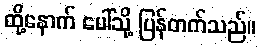
ထို့နောက် ပေါ်သို့ ပြန်တက်သည်။